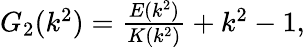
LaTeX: \begin{array}{r}{G_{2}(k^{2})=\frac{E(k^{2})}{K(k^{2})}+k^{2}-1,}\end{array}